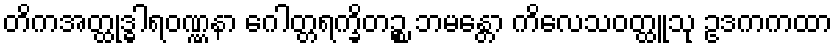
တိကအတ္ထုဒ္ဓါရဝဏ္ဏနာ ဂေါတ္တရက္ခိတဉ္စ ဘမန္တော ကိလေသဝတ္ထူသု ဥဒကကထာ